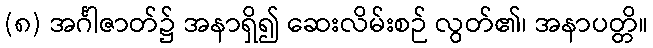
(၈) အင်္ဂါဇာတ်၌ အနာရှိ၍ ဆေးလိမ်းစဉ် လွတ်၏၊ အနာပတ္တိ။